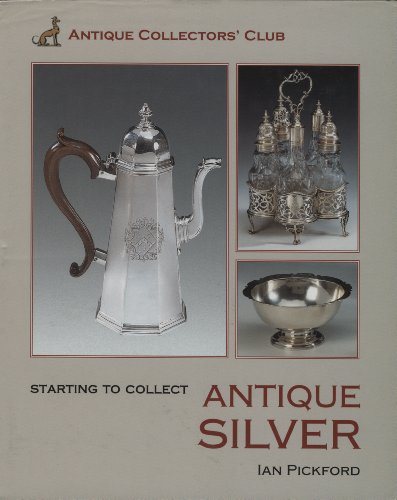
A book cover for Starting To Collect Antique Silver; Ian Pickford; Crafts, Hobbies & Home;